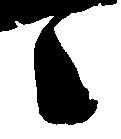
々